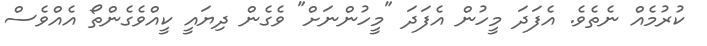
ކުރުމެއް ނެތެވެ. އެފަދަ މީހުން އެފަދަ "މީހުންނަށް" ވެގެން ދިޔައީ ކީއްވެގެންތޯ އެއްވެސް